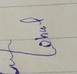
Signature authenticity: forged